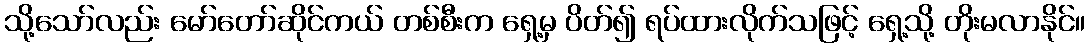
သို့သော်လည်း မော်တော်ဆိုင်ကယ် တစ်စီးက ရှေ့မှ ပိတ်၍ ရပ်ထားလိုက်သဖြင့် ရှေ့သို့ တိုးမလာနိုင်။